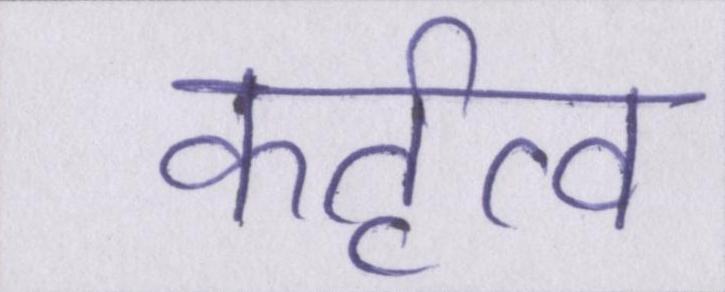
कर्तृत्व